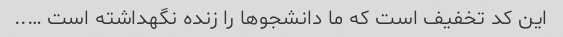
این کد تخفیف است که ما دانشجو‌ها را زنده نگهداشته است …..